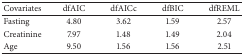
<table><thead><tr><td><b>Covariates</b></td><td><b> dfAIC</b></td><td><b> dfAICc</b></td><td><b> dfBIC</b></td><td><b> dfREML</b></td></tr></thead><tbody><tr><td> Fasting </td><td>4.80 </td><td>3.62</td><td>1.59</td><td>2.57</td></tr><tr><td>Creatinine </td><td>7.97 </td><td>1.48</td><td>1.49</td><td>2.04</td></tr><tr><td>Age </td><td>9.50 </td><td>1.56</td><td>1.56</td><td>2.51</td></tr></tbody></table>